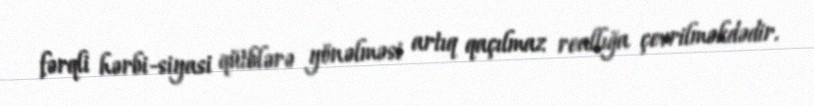
fərqli hərbi-siyasi qütblərə yönəlməsi artıq qaçılmaz reallığa çevrilməkdədir.